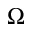
\Omega